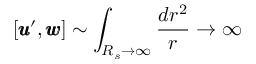
[ { \pmb u } ^ { \prime } , { \pmb w } ] \sim \int _ { R _ { s } \rightarrow \infty } \frac { d r ^ { 2 } } { r } \rightarrow \infty